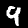
Digit: 9